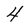
Character: 4